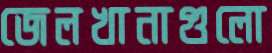
জেলখানাগুলো